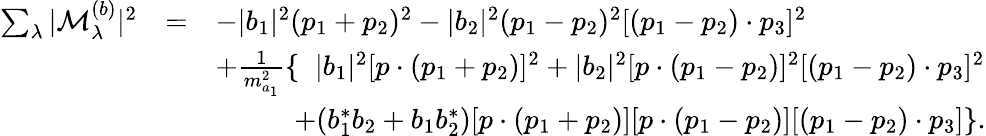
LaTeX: \begin{array}{rcl}{{\sum_{\lambda}|{\cal M}_{\lambda}^{(b)}|^{2}}}&{{=}}&{{-|b_{1}|^{2}(p_{1}+p_{2})^{2}-|b_{2}|^{2}(p_{1}-p_{2})^{2}[(p_{1}-p_{2})\cdot p_{3}]^{2}}}\\ {{}}&{{}}&{{+\frac{1}{m_{a_{1}}^{2}}\{ \; \; |b_{1}|^{2}[p\cdot(p_{1}+p_{2})]^{2}+|b_{2}|^{2}[p\cdot(p_{1}-p_{2})]^{2}[(p_{1}-p_{2})\cdot p_{3}]^{2}}}\\ {{}}&{{}}&{{\; \; \; \; \; \; \; \; \; \; +(b_{1}^{*}b_{2}+b_{1}b_{2}^{*})[p\cdot(p_{1}+p_{2})][p\cdot(p_{1}-p_{2})][(p_{1}-p_{2})\cdot p_{3}]\} .}}\end{array}